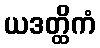
ယဒတ္ထိကံ